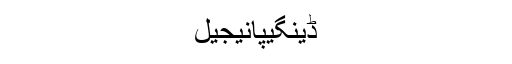
ڈینگیپانیجیل